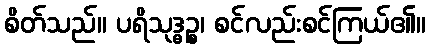
စိတ်သည်။ ပရိသုဒ္ဓဉ္စ၊ စင်လည်းစင်ကြယ်၏။